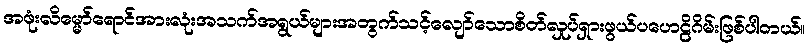
အဖုံးလိမ္မော်ရောင်အားလုံးအသက်အရွယ်များအတွက်သင့်လျော်သောစိတ်လှုပ်ရှားဖွယ်ပဟေဠိဂိမ်းဖြစ်ပါတယ်။